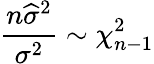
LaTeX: {\frac{n{\widehat{\sigma}}^{2}}{\sigma^{2}}}\sim\chi_{n-1}^{2}